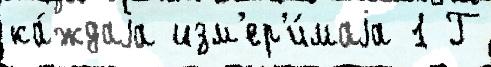
ка́ждаjа изм'ер'и́маjа 1 Г